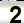
Digit: 2